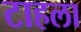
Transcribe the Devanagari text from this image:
टाहला